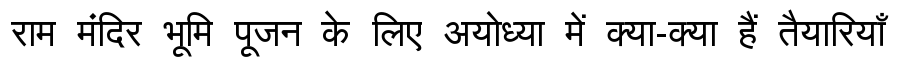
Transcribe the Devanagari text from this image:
राम मंदिर भूमि पूजन के लिए अयोध्या में क्या-क्या हैं तैयारियाँ